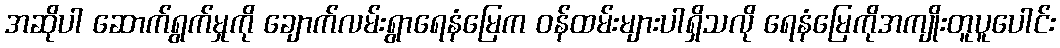
အဆိုပါ ဆောက်ရွက်မှုကို ချောက်လမ်းရွာရေနံမြေက ဝန်ထမ်းများပါရှိသလို ရေနံမြေကိုအကျိုးတူပူပေါင်း